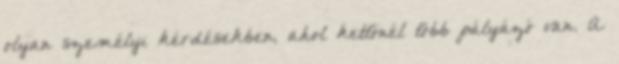
olyan személyi kérdésekben, ahol kettőnél több pályázó van. A